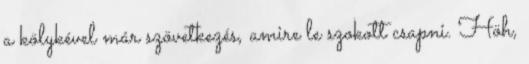
a kölykével már szövetkezés, amire le szokott csapni. Höh,